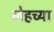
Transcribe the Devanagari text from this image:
लेहच्या